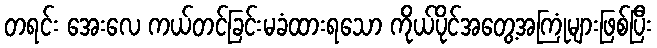
တရင်း အေးလေ ကယ်တင်ခြင်းမခံထားရသော ကိုယ်ပိုင်အတွေ့အကြုံများဖြစ်ပြီး